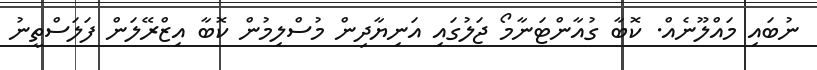
ނުބައި މައްލޫނެއް. ކޮބާ ގުއާންޓަނާމޯ ޖަލުގައި އަނިޔާދިން މުސްލިމުން ކޮބާ އިޒްރޭލަން ފަލަސްތީނު